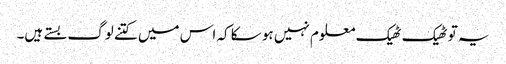
یہ تو ٹھیک ٹھیک معلوم نہیں ہو سکا کہ اس میں کتنے لوگ بستے ہیں۔